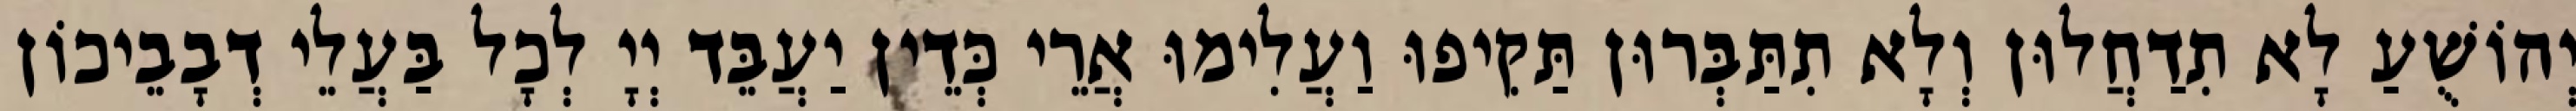
יְהוֹשֻׁעַ לָא תִדַחֲלוּן וְלָא תִתַּבְּרוּן תַּקִיפוּ וַעֲלִימוּ אֲרֵי כְּדֵין יַעֲבֵּד יְיָ לְכָל בַּעֲלֵי דְבָבֵיכוֹן